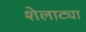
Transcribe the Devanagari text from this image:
शेलाट्या